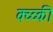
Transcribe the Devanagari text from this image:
क्व्व्की